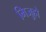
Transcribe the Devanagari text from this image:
मिजुहो